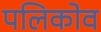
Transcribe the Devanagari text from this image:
पलिकोव